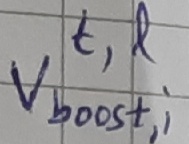
Text: t,l Vboost,i